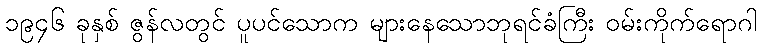
၁၉၄၆ ခုနှစ် ဇွန်လတွင် ပူပင်သောက များနေသောဘုရင်ခံကြီး ဝမ်းကိုက်ရောဂါ